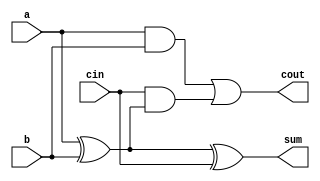
module cla_full_adder(
    input  a,
    input  b,
    input  cin,
    output sum,
    output cout
);
    assign sum = a ^ b ^ cin;          // Sum calculation
    assign cout = (a & b) | (cin & (a ^ b)); // Carry-out calculation
endmodule